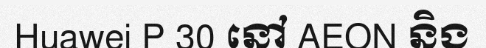
Huawei P 30 នៅ AEON និង